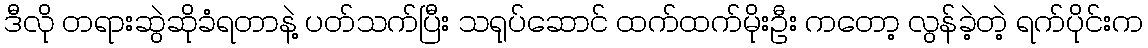
ဒီလို တရားဆွဲဆိုခံရတာနဲ့ ပတ်သက်ပြီး သရုပ်ဆောင် ထက်ထက်မိုးဦး ကတော့ လွန်ခဲ့တဲ့ ရက်ပိုင်းက